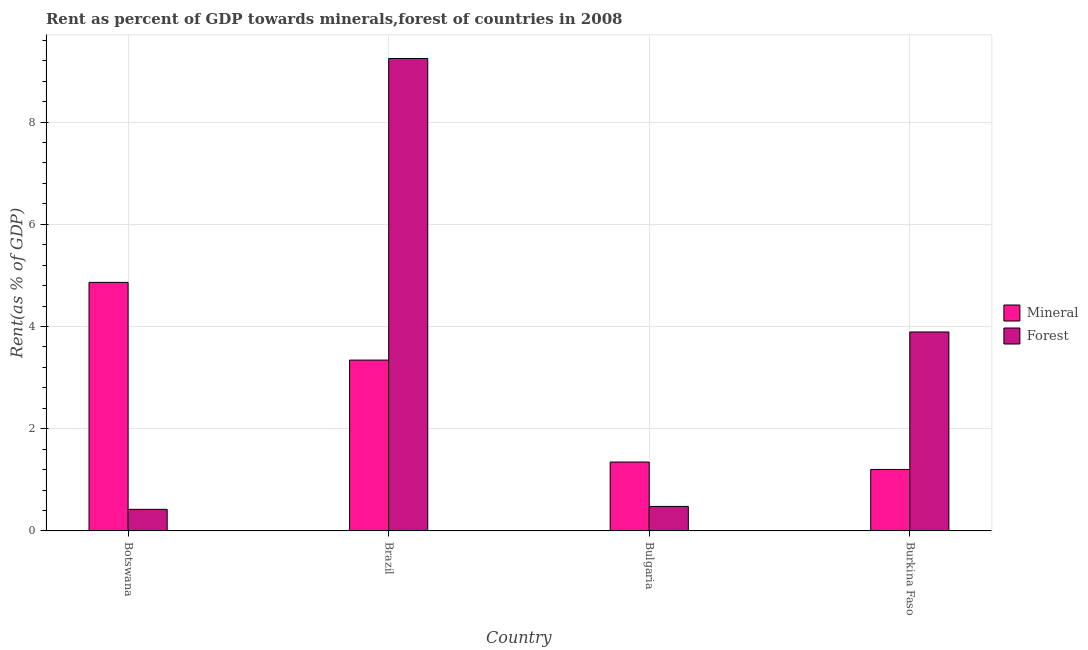
| Country | Mineral | Forest |
 | --- | --- | --- |
 | Botswana | 4.86 | 0.423 |
 | Brazil | 3.34 | 9.24 |
 | Bulgaria | 1.35 | 0.48 |
 | Burkina Faso | 1.2 | 3.89 |